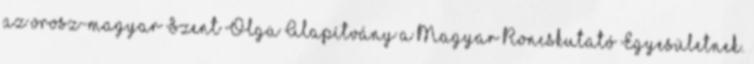
az orosz-magyar Szent Olga Alapítvány a Magyar Roncskutató Egyesületnek.